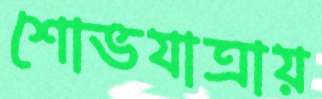
শোভযাত্রায়